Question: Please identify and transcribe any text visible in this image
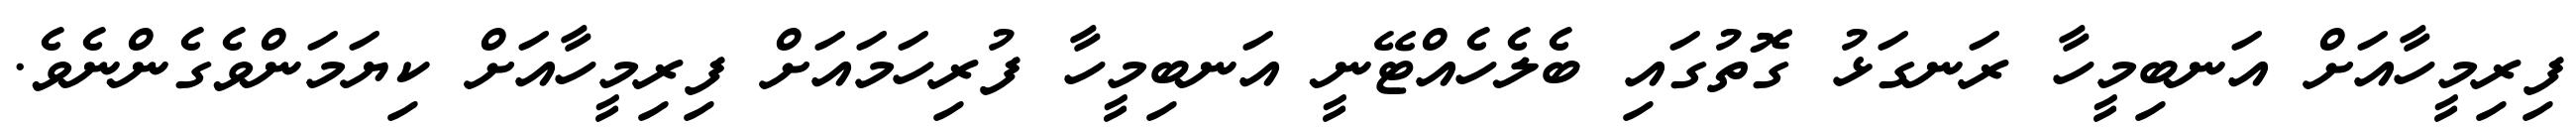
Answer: ފިރިމީހާއަށް އަނބިމީހާ ރަނގަޅު ގޮތުގައި ބެލެހެއްޓޭނީ އަނބިމީހާ ފުރިހަމައަށް ފިރިމީހާއަށް ކިޔަމަންވެގެންނެވެ.